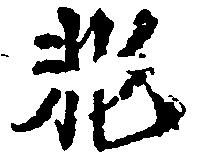
非